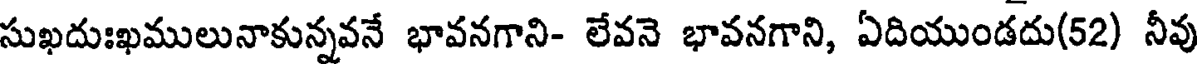
సుఖదుఃఖములునాకున్నవనే భావనగాని- లేవనె భావనగాని, ఏదియుండదు(52) నీవు